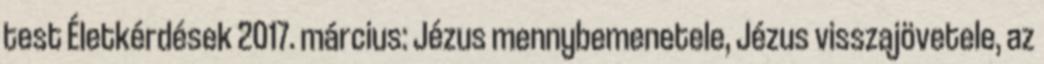
test Életkérdések 2017. március: Jézus mennybemenetele, Jézus visszajövetele, az